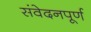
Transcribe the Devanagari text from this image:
संवेदनपूर्ण